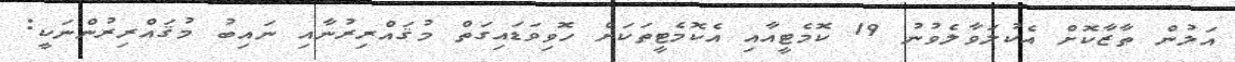
އަލުން ތާޒާކޮށް އެކުލަވާލެވުނު 19 ކޮމެޓީއާއި އެކޮމެޓީތަކަށް ހޮވިވަޑައިގަތް މުޤައްރިރުނާއި ނައިބު މުޤައްރިރުންނަކީ: